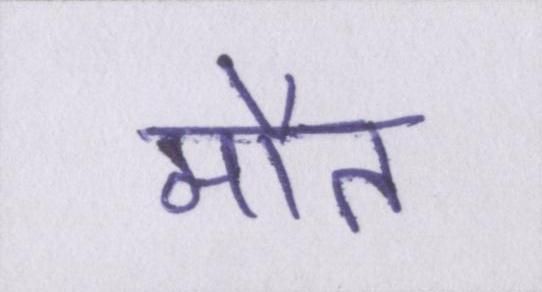
मौत